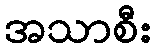
အသာစီး